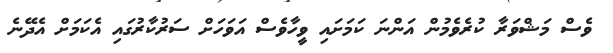
ވެސް މަޝްވަރާ ކުރެވެމުން އަންނަ ކަމަށައި ވީހާވެސް އަވަހަށް ސަރުކާރުގައި އެކަމަށް އެދޭނެ